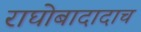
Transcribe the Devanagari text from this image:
राघोबादादाच